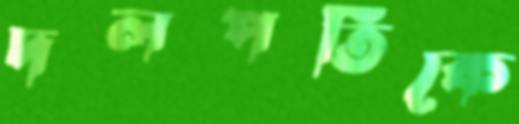
দলপতিকে